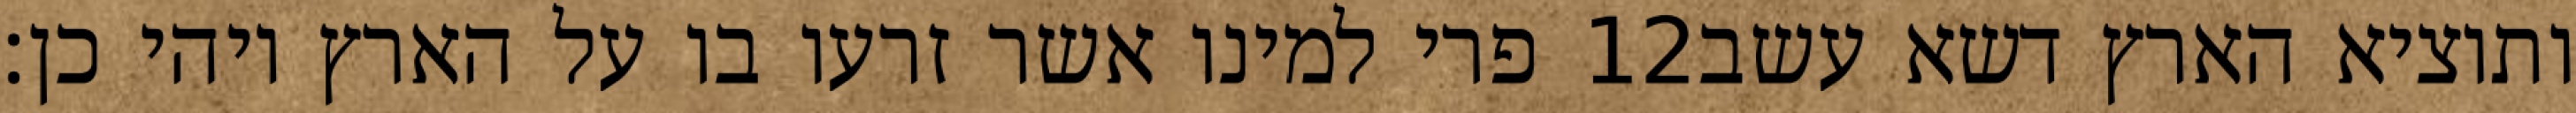
פרי למינו אשר זרעו בו על הארץ ויהי כן׃ ‎12‏ ותוציא הארץ דשא עשב